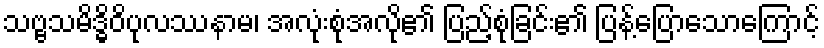
သဗ္ဗသမိဒ္ဓိဝိပုလဿနာမ၊ အလုံးစုံအလို၏ ပြည့်စုံခြင်း၏ ပြန့်ပြောသောကြောင့်